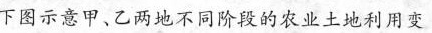
下图示意甲、乙两地不同阶段的农业土地利用变